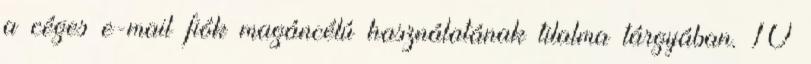
a céges e-mail fiók magáncélú használatának tilalma tárgyában. 10